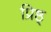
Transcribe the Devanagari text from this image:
प्रिष्ठ्